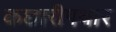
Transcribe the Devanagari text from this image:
कछारीपथार